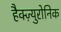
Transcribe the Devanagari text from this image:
हैक्ज़्युरोनिक